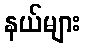
နယ်များ